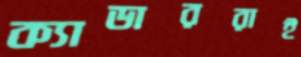
ক্যাডাররাই